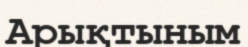
Арықтыным